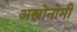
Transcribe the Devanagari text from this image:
अस्त्रोनोमी